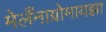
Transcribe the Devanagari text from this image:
मेलँनाग्रोमायझा